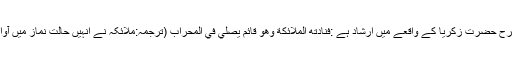
اسی طرح حضرت زکریاؑ کے واقعے میں ارشاد ہے :فَنَادَتْهُ الْمَلَائِكَةُ وَهُوَ قَائِمٌ يُصَلِّي فِي الْمِحْرَابِ (ترجمہ:ملائکہ نے انہیں حالت نماز میں آواز دی ۔